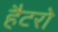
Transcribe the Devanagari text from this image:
हैटरो